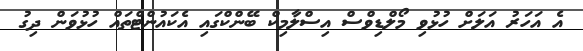
އެ އަހަރު އަލަށް ހުުޅުވި މޯލްޑިވްސް އިސްލާމިކް ބޭންކްގައި އެކައުންޓްތައް ހުޅުވަން ދިގު